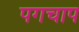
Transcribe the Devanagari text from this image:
पगचाप